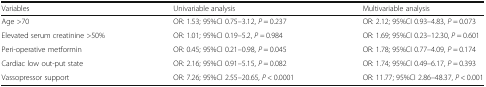
| Variables | Univariable analysis | Multivariable analysis |
 | --- | --- | --- |
 | Age >70 | OR: 1.53; 95%CI 0.75–3.12, P = 0.237 | OR: 2.12; 95%CI 0.93–4.83, P = 0.073 |
 | Elevated serum creatinine >50% | OR: 1.01; 95%CI 0.19–5.2, P = 0.984 | OR: 1.69; 95%CI 0.23–12.30, P = 0.601 |
 | Peri-operative metformin | OR: 0.45; 95%CI 0.21–0.98, P = 0.045 | OR: 1.78; 95%CI 0.77–4.09, P = 0.174 |
 | Cardiac low out-put state | OR: 2.16; 95%CI 0.91–5.15, P = 0.082 | OR: 1.74; 95%CI 0.49–6.17, P = 0.393 |
 | Vassopressor support | OR: 7.26; 95%CI 2.55–20.65, P < 0.0001 | OR: 11.77; 95%CI 2.86–48.37, P < 0.001 |